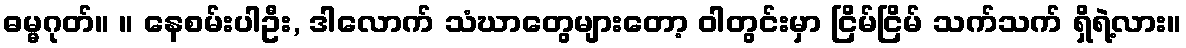
ဓမ္မဂုတ်။ ။ နေစမ်းပါဦး, ဒါလောက် သံဃာတွေများတော့ ဝါတွင်းမှာ ငြိမ်ငြိမ် သက်သက် ရှိရဲ့လား။